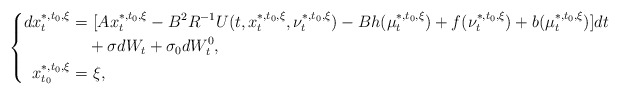
\begin{align*}\left\{\begin{aligned}dx_t^{*,t_0,\xi}=&~[Ax_t^{*,t_0,\xi}-B^2R^{-1}U(t,x_t^{*,t_0,\xi},\nu_t^{*,t_0,\xi})-Bh(\mu_t^{*,t_0,\xi})+f(\nu_t^{*,t_0,\xi})+b(\mu_t^{*,t_0,\xi})]dt\\&+\sigma dW_t+\sigma_0dW^0_t,\\x_{t_0}^{*,t_0,\xi}=&~\xi,\end{aligned}\right.\end{align*}